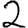
Digit: 2